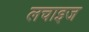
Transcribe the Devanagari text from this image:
लचाइज